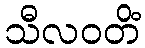
သီလဝတိံ